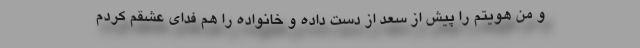
و من هویتم را پیش از سعد از دست داده و خانواده را هم فدای عشقم کردم